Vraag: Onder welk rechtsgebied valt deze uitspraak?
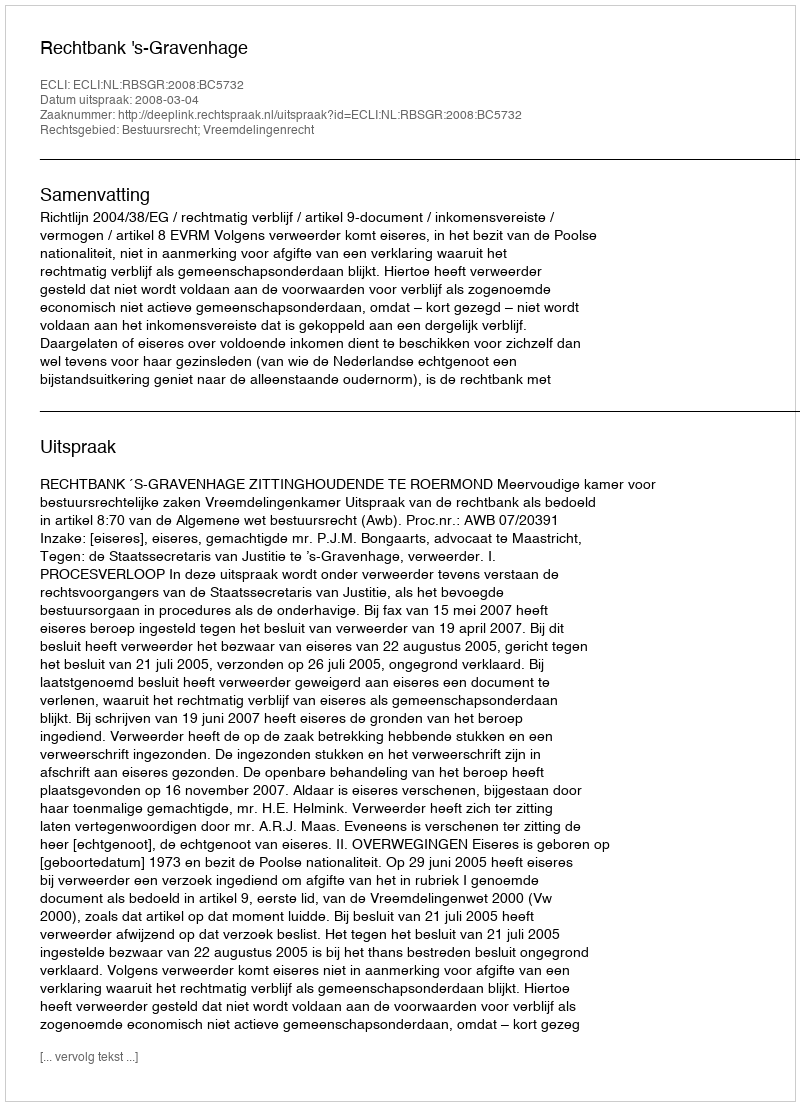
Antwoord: Bestuursrecht; Vreemdelingenrecht